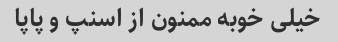
خیلی خوبه ممنون از اسنپ و پاپا